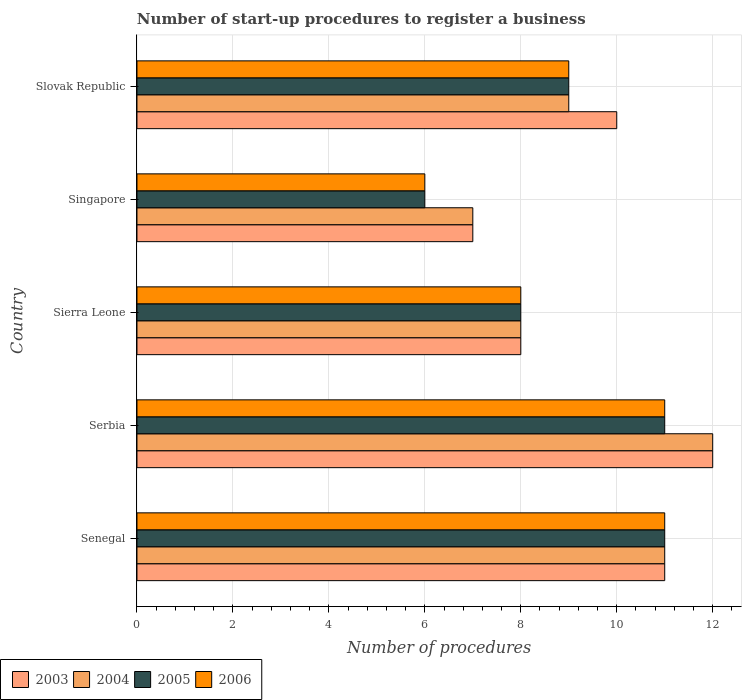
| Country | 2003 | 2004 | 2005 | 2006 |
 | --- | --- | --- | --- | --- |
 | Senegal | 11 | 11 | 11 | 11 |
 | Serbia | 12 | 12 | 11 | 11 |
 | Sierra Leone | 8 | 8 | 8 | 8 |
 | Singapore | 7 | 7 | 6 | 6 |
 | Slovak Republic | 10 | 9 | 9 | 9 |